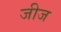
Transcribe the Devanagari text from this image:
जीज